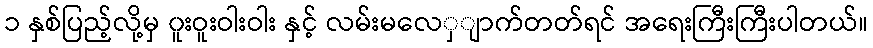
၁ နှစ်ပြည့်လို့မှ ၀ူးဝူးဝါးဝါး နှင့် လမ်းမလေှျာက်တတ်ရင် အရေးကြီးကြီးပါတယ်။